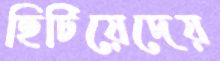
ছিটিয়েদেয়